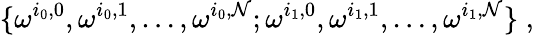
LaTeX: \{ \omega^{i_{0},0},\omega^{i_{0},1},\ldots,\omega^{i_{0},\mathcal{N}};\omega^{i_{1},0},\omega^{i_{1},1},\ldots,\omega^{i_{1},\mathcal{N}}\} \; ,